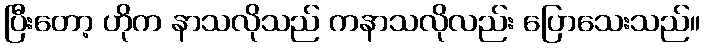
ပြီးတော့ ဟိုက နာသလိုသည် ကနာသလိုလည်း ပြောသေးသည်။